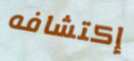
إكتشافه